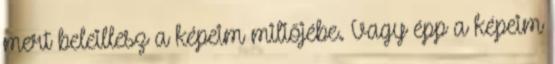
mert beleillesz a képeim miliőjébe. Vagy épp a képeim